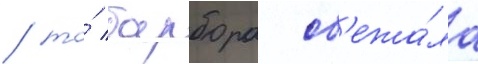
/ то́ барбора сб'ежа́ла